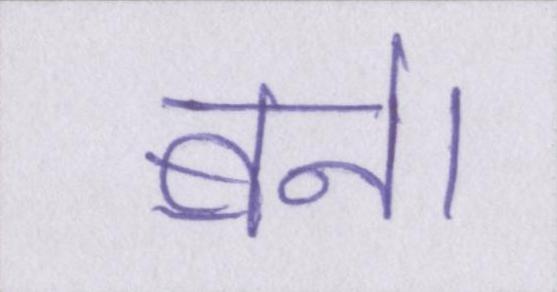
बने।